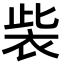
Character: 𧙁